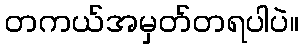
တကယ်အမှတ်တရပါပဲ။